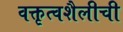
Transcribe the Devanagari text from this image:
वक्तृत्वशैलीची